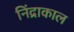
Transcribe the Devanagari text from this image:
निंद्राकाल